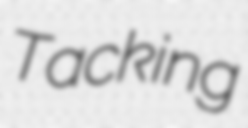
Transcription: Tacking